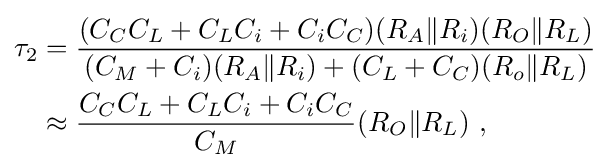
{\begin{aligned}\tau _{2}&={\frac {(C_{C}C_{L}+C_{L}C_{i}+C_{i}C_{C})(R_{A}\|R_{i})(R_{O}\|R_{L})}{(C_{M}+C_{i})(R_{A}\|R_{i})+(C_{L}+C_{C})(R_{o}\|R_{L})}}\\&\approx {\frac {C_{C}C_{L}+C_{L}C_{i}+C_{i}C_{C}}{C_{M}}}(R_{O}\|R_{L})\ ,\\\end{aligned}}